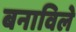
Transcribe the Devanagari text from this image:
बनाविले